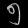
Digit: ၅